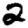
Digit: 2